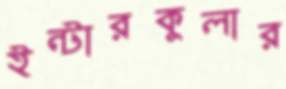
ইন্টারকুলার